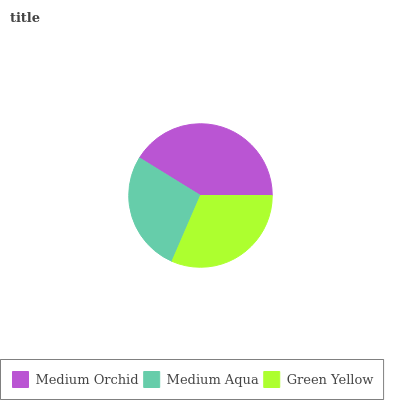
| Medium Orchid | Medium Aqua | Green Yellow |
 | --- | --- | --- |
 | 41.2% | 27.2% | 31.5% |